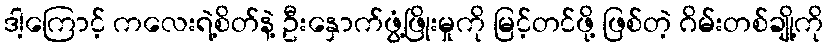
ဒါ့ကြောင့် ကလေးရဲ့စိတ်နဲ့ ဦးနှောက်ဖွံ့ဖြိုးမှုကို မြင့်တင်ဖို့ ဖြစ်တဲ့ ဂိမ်းတစ်ချို့ကို